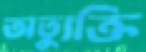
অত্যুক্তি